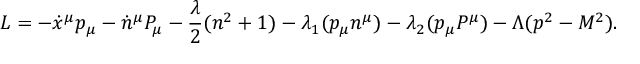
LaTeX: L = - \dot { x } ^ { \mu } p _ { \mu } - \dot { n } ^ { \mu } P _ { \mu } - { \frac { \lambda } { 2 } } ( n ^ { 2 } + 1 ) - \lambda _ { 1 } ( p _ { \mu } n ^ { \mu } ) - \lambda _ { 2 } ( p _ { \mu } P ^ { \mu } ) - \Lambda ( p ^ { 2 } - M ^ { 2 } ) .